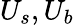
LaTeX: U_{s},U_{b}